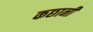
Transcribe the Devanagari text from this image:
कछानी